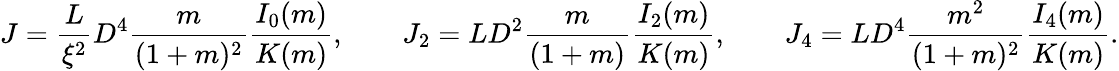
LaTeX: \begin{array}{l}{\displaystyle{J=\frac{L}{\xi^{2}}D^{4}\frac{m}{(1+m)^{2}}\frac{I_{0}(m)}{K(m)},\qquad J_{2}=LD^{2}\frac{m}{(1+m)}\frac{I_{2}(m)}{K(m)},\qquad J_{4}=LD^{4}\frac{m^{2}}{(1+m)^{2}}\frac{I_{4}(m)}{K(m)}.}}\end{array}